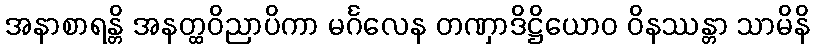
အနာစာရန္တိ အနတ္ထဝိညာပိကာ မင်္ဂလေန တဏှာဒိဋ္ဌိယောဝ ဝိနဿန္တာ သာမိနိ